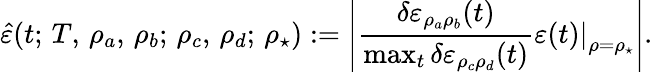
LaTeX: \hat{\varepsilon}(t;\, T,\, \rho_{a},\, \rho_{b};\, \rho_{c},\, \rho_{d};\, \rho_{\star}):=\left|\frac{\delta\varepsilon_{\rho_{a}\rho_{b}}(t)}{\operatorname*{max}_{t}\delta\varepsilon_{\rho_{c}\rho_{d}}(t)}\left.\varepsilon(t)\right|_{\rho=\rho_{\star}}\right|.